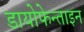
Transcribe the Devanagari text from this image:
डायोफेन्ताइन